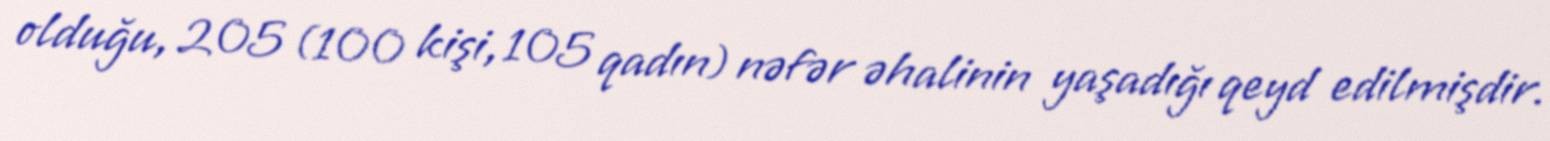
olduğu, 205 (100 kişi, 105 qadın) nəfər əhalinin yaşadığı qeyd edilmişdir.